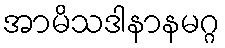
အာမိသဒါနာနမဂ္ဂ